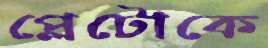
প্লেটোকে